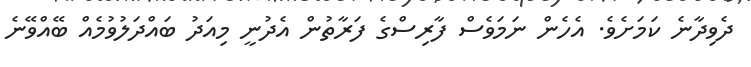
ދެވިދާނެ ކަމަށެވެ. އެހެން ނަމަވެސް ފާރިސްގެ ފަރާތުން އެދުނީ މިއަދު ބައްދަލުވުމެއް ބޭއްވޭނެ